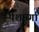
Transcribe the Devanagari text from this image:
पेशमर्गा